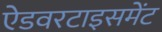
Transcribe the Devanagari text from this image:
ऐडवरटाइसमेंट